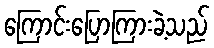
ကြောင်းပြောကြားခဲ့သည်